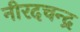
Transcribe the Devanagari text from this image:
नीरदचन्द्र